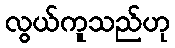
လွယ်ကူသည်ဟု